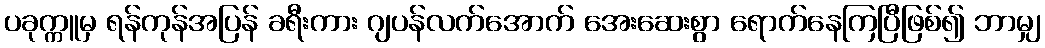
ပခုက္ကူမှ ရန်ကုန်အပြန် ခရီးကား ဂျပန်လက်အောက် အေးဆေးစွာ ရောက်နေကြပြီဖြစ်၍ ဘာမျှ